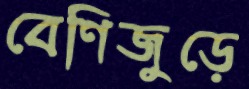
বেণিজুড়ে